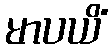
မာပယိံ